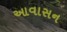
આવાસન